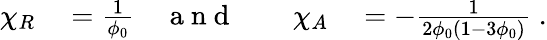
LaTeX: \begin{array}{rlrlrl}{\chi_{R}}&{{}=\frac{1}{\phi_{0}}}&{\mathrm{~a~n~d~}}&{{}}&{\chi_{A}}&{{}=-\frac{1}{2\phi_{0}(1-3\phi_{0})}\; .}\end{array}